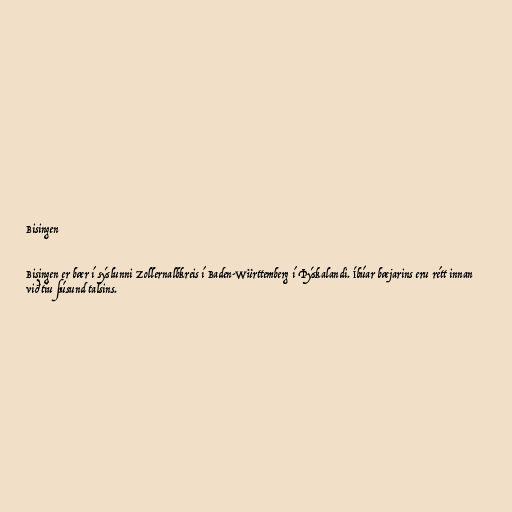
Bisingen

Bisingen er bær í sýslunni Zollernalbkreis í Baden-Württemberg í Þýskalandi. Íbúar bæjarins eru rétt innan
við tíu þúsund talsins.